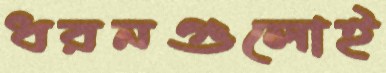
ধরনগুলোই